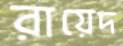
রায়েদ